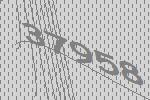
37958